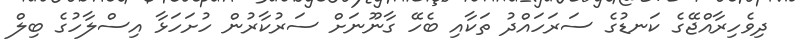
ދިވެހިރާއްޖޭގެ ކަނޑުގެ ސަރަހައްދު ތަކާއި ބެހޭ ގާނޫނަށް ސަރުކާރުން ހުށަހަޅާ އިސްލާހުގެ ބިލް